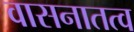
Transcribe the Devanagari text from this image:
वासनातत्व